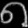
Digit: ၈